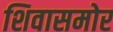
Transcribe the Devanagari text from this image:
शिवासमोर